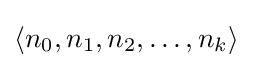
\langle n_{0},n_{1},n_{2},\ldots ,n_{k}\rangle